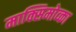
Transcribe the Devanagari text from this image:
माक्सिमोव्का